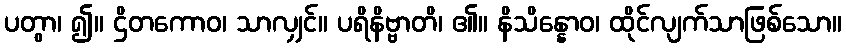
ပတွာ၊ ၍။ ဌိတကောဝ၊ သာလျှင်။ ပရိနိဗ္ဗာတိ၊ ၏။ နိသိန္နောဝ၊ ထိုင်လျက်သာဖြစ်သော။